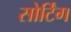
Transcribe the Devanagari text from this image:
सोर्टिंग